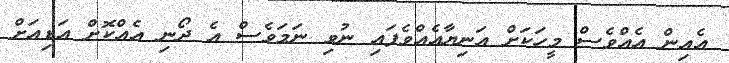
އެއިން އެއްވެސް މީހަކަށް އަނިޔާއެއްވެފައި ނުވި ނަމަވެސް އެ ދޯނި އެއްކޮށް އަޑިއަށް